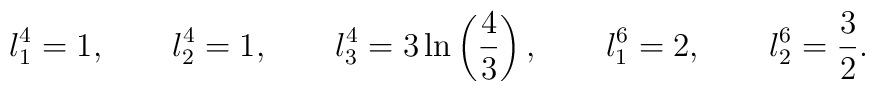
l_1^4=1, \qquad l_2^4=1, \qquad l_3^4=3\ln\left(\frac{4}{3}\right),\qquad l_1^6=2, \qquad l_2^6=\frac{3}{2}.